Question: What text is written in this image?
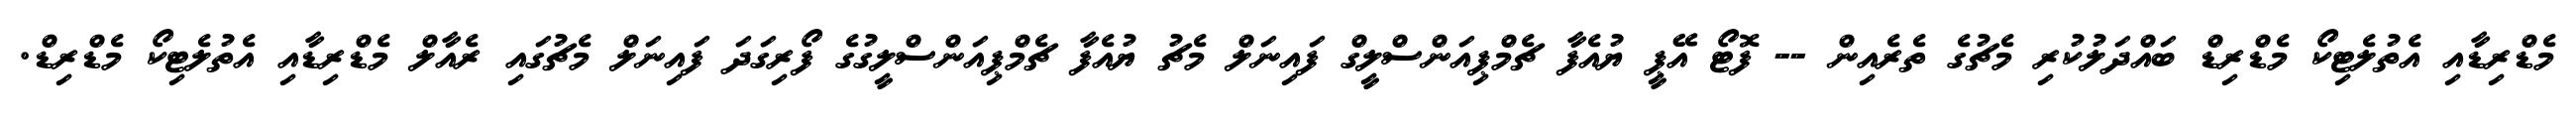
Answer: މެޑްރިޑާއި އެތުލެޓިކޯ މެޑްރިޑް ބައްދަލުކުރި މެޗުގެ ތެރެއިން -- ފޮޓޯ އޭޕީ ޔުއެފާ ޗެމްޕިއަންސްލީގް ފައިނަލް މެޗު ޔުއެފާ ޗެމްޕިއަންސްލީގުގެ ފޯރިގަދަ ފައިނަލް މެޗުގައި ރެއާލް މެޑްރިޑާއި އެތުލެޓިކޯ މެޑްރިޑް.